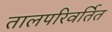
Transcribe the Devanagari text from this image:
तालपरिवर्तित